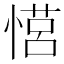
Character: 𪬠